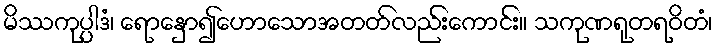
မိဿကုပ္ပါဒံ၊ ရောနှော၍ဟောသောအတတ်လည်းကောင်း။ သကုဏရုတရဝိတံ၊